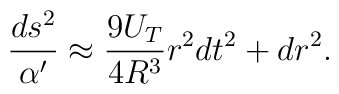
\frac{ds^2}{\alpha'}\approx \frac{9U_T}{4R^3} r^2dt^2+dr^2.